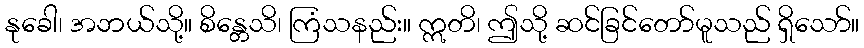
နုခေါ၊ အဘယ်သို့။ စိန္တေသိ၊ ကြံသနည်း။ ဣတိ၊ ဤသို့ ဆင်ခြင်တော်မူသည် ရှိသော်။